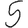
Digit: 5